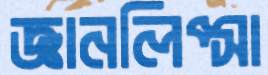
জ্ঞানলিপ্সা